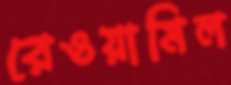
রেওয়ামিল